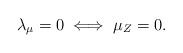
LaTeX: \begin{align*}\lambda_\mu = 0 \iff \mu_Z = 0.\end{align*}